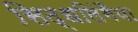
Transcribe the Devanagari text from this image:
सिद्धलिंगैया